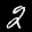
Label: 2